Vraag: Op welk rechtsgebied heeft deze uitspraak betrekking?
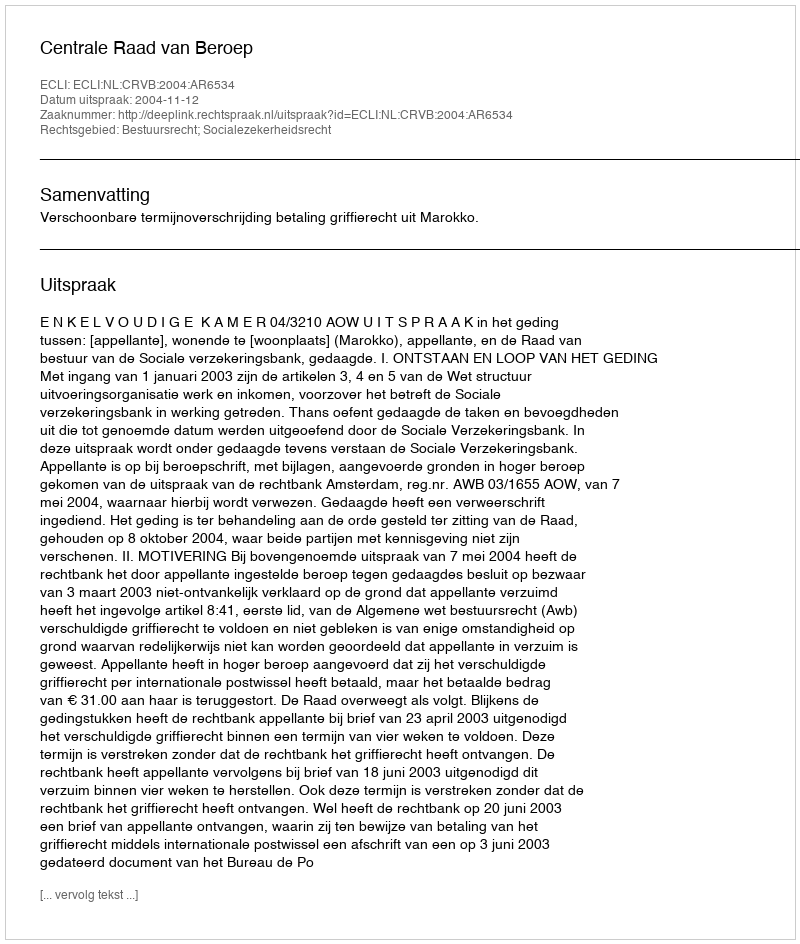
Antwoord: Bestuursrecht; Socialezekerheidsrecht